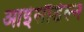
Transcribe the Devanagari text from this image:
आइंसौडेल्न